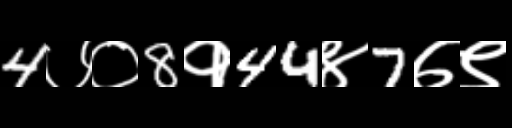
Text: 4७०8१44४7७९